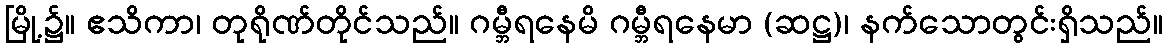
မြို့၌။ ဧသိကာ၊ တုရိုဏ်တိုင်သည်။ ဂမ္ဘီရနေမိ ဂမ္ဘီရနေမာ (ဆဋ္ဌ)၊ နက်သောတွင်းရှိသည်။